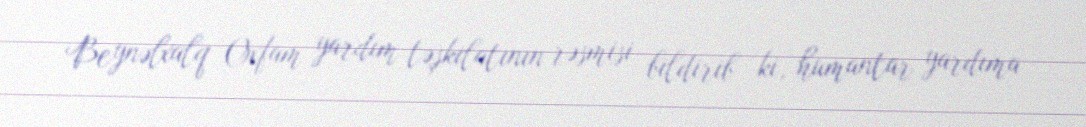
Beynəlxalq Oxfam yardım təşkilatının rəsmisi bildirib ki, humantar yardıma